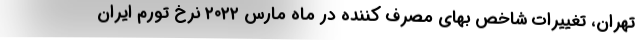
تهران، تغییرات شاخص بهای مصرف کننده در ماه مارس ۲۰۲۲ نرخ تورم ایران